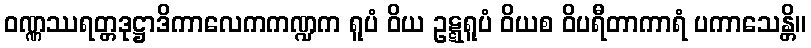
ဝဏ္ဏဿရတ္တဒုဋ္ဌာဒိကာလေကကဏ္ဍက ရူပံ ဝိယ ဥဋ္ဋရူပံ ဝိယစ ဝိပရီတာကာရံ ပကာသေန္တိ။